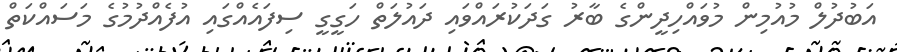
އަބުދުލް މުއުމިން މުވައްހިދީންގެ ބާރު ގަދަކުރައްވައި ދައުލަތް ހަގީގީ ސިފައެއްގައި އުފެއްދުމުގެ މަސައްކަތް